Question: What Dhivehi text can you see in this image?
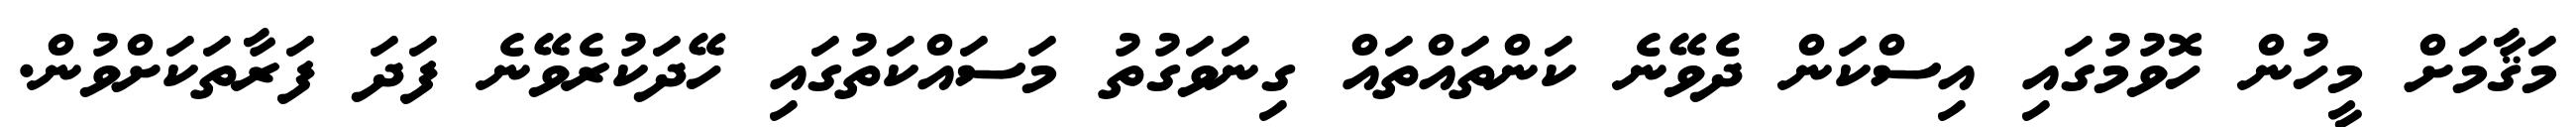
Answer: މަޤާމަށް މީހުން ހޮވުމުގައި އިސްކަން ދެވޭނެ ކަންތައްތައް ގިނަވަގުތު މަސައްކަތުގައި ހޭދަކުރެވޭނެ ފަދަ ފަރާތަކަށްވުން.